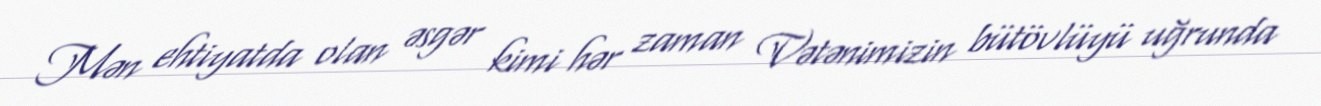
Mən ehtiyatda olan əsgər kimi hər zaman Vətənimizin bütövlüyü uğrunda